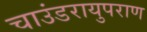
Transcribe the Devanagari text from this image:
चाउंडरायुपराण